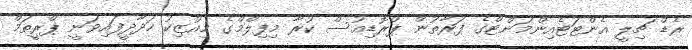
ރެޑް ޗިލީ އެންޓަޓެއިންމަންޓްގެ ފަރާތުން ޕްރޮޑިއުސް ކުރާ މިފިލްމްގެ މިއުޒިކު ހަދާދީފައިވަނީ ޕްރީތަމް